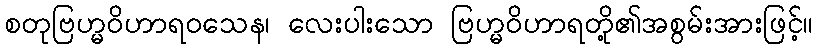
စတုဗြဟ္မဝိဟာရဝသေန၊ လေးပါးသော ဗြဟ္မဝိဟာရတို့၏အစွမ်းအားဖြင့်။